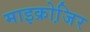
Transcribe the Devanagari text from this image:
माइक्रोजि़र